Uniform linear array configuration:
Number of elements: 32
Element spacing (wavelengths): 0.25
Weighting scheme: hamming
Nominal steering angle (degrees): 60
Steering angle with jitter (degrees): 58.76
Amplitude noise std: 0.05
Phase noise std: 0.05

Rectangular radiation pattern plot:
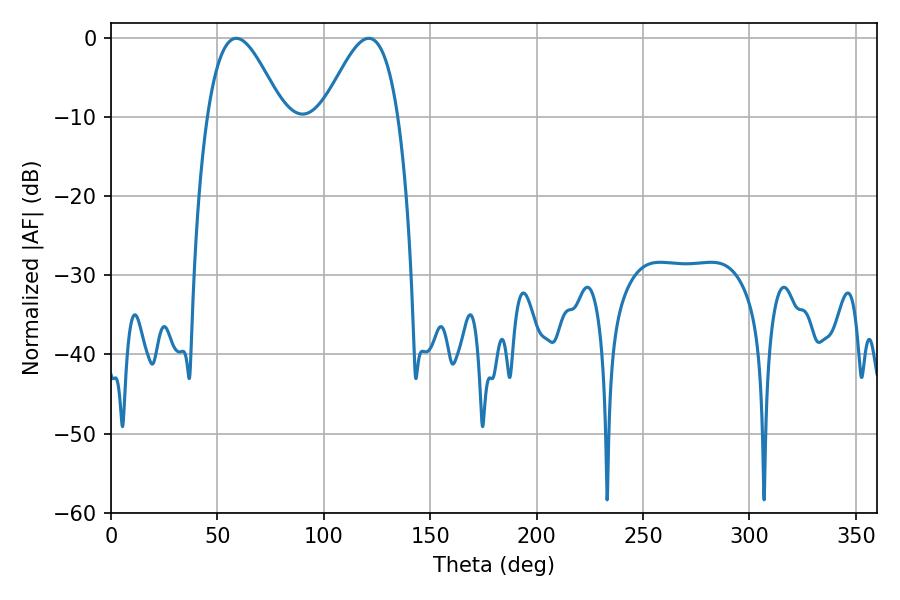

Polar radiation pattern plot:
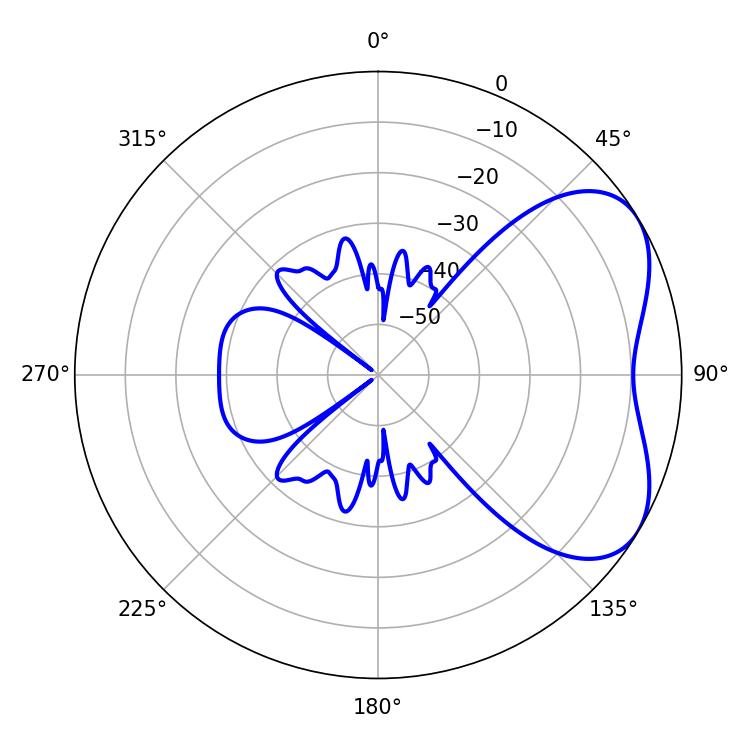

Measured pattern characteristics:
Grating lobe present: FALSE
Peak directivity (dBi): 4.83
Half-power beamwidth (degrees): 19.08
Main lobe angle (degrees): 121.14